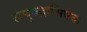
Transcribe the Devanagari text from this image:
लघुरुद्राभिषेक